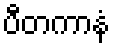
ပီတကာနံ